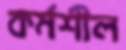
কর্মশীল